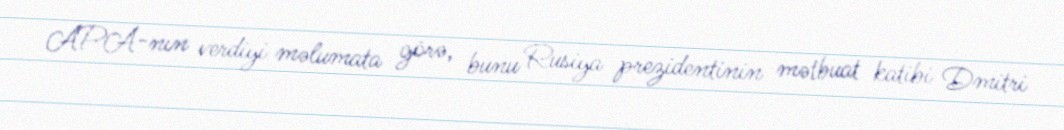
APA-nın verdiyi məlumata görə, bunu Rusiya prezidentinin mətbuat katibi Dmitri